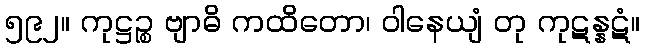
၅၉၂။ ကုဋ္ဌဉ္စ ဗျာဓိ ကထိတော၊ ဝါနေယျံ တု ကုဋန္နဋံ။